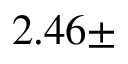
2 . 4 6 \pm